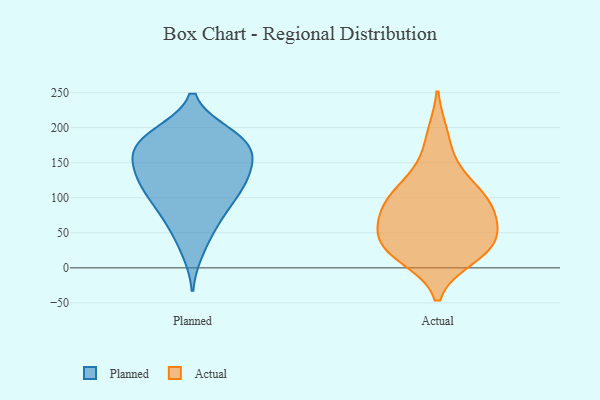
{"axis": {"x": "Population (Million)", "y": "Value"}, "legend": ["Actual", "Planned"], "data": [{"x": "", "y": 153, "type": "Planned"}, {"x": "", "y": 161, "type": "Planned"}, {"x": "", "y": 188, "type": "Planned"}, {"x": "", "y": 163, "type": "Planned"}, {"x": "", "y": 114, "type": "Planned"}, {"x": "", "y": 146, "type": "Planned"}, {"x": "", "y": 78, "type": "Planned"}, {"x": "", "y": 129, "type": "Planned"}, {"x": "", "y": 72, "type": "Planned"}, {"x": "", "y": 24, "type": "Planned"}, {"x": "", "y": 159, "type": "Planned"}, {"x": "", "y": 119, "type": "Planned"}, {"x": "", "y": 185, "type": "Planned"}, {"x": "", "y": 192, "type": "Planned"}, {"x": "", "y": 123, "type": "Planned"}, {"x": "", "y": 192, "type": "Planned"}, {"x": "", "y": 110, "type": "Planned"}, {"x": "", "y": 176, "type": "Planned"}, {"x": "", "y": 97, "type": "Planned"}, {"x": "", "y": 54, "type": "Planned"}, {"x": "", "y": 16, "type": "Actual"}, {"x": "", "y": 105, "type": "Actual"}, {"x": "", "y": 59, "type": "Actual"}, {"x": "", "y": 23, "type": "Actual"}, {"x": "", "y": 142, "type": "Actual"}, {"x": "", "y": 25, "type": "Actual"}, {"x": "", "y": 57, "type": "Actual"}, {"x": "", "y": 35, "type": "Actual"}, {"x": "", "y": 37, "type": "Actual"}, {"x": "", "y": 85, "type": "Actual"}, {"x": "", "y": 82, "type": "Actual"}, {"x": "", "y": 189, "type": "Actual"}, {"x": "", "y": 110, "type": "Actual"}, {"x": "", "y": 94, "type": "Actual"}]}